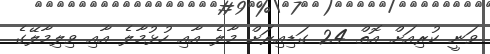
ވަނީ ކުރިއަށް އޮތް 24 ގަޑިއިރަށް މާލެ އާއި ހުޅުމާލެ އާއި ވިލިމާލޭގެ